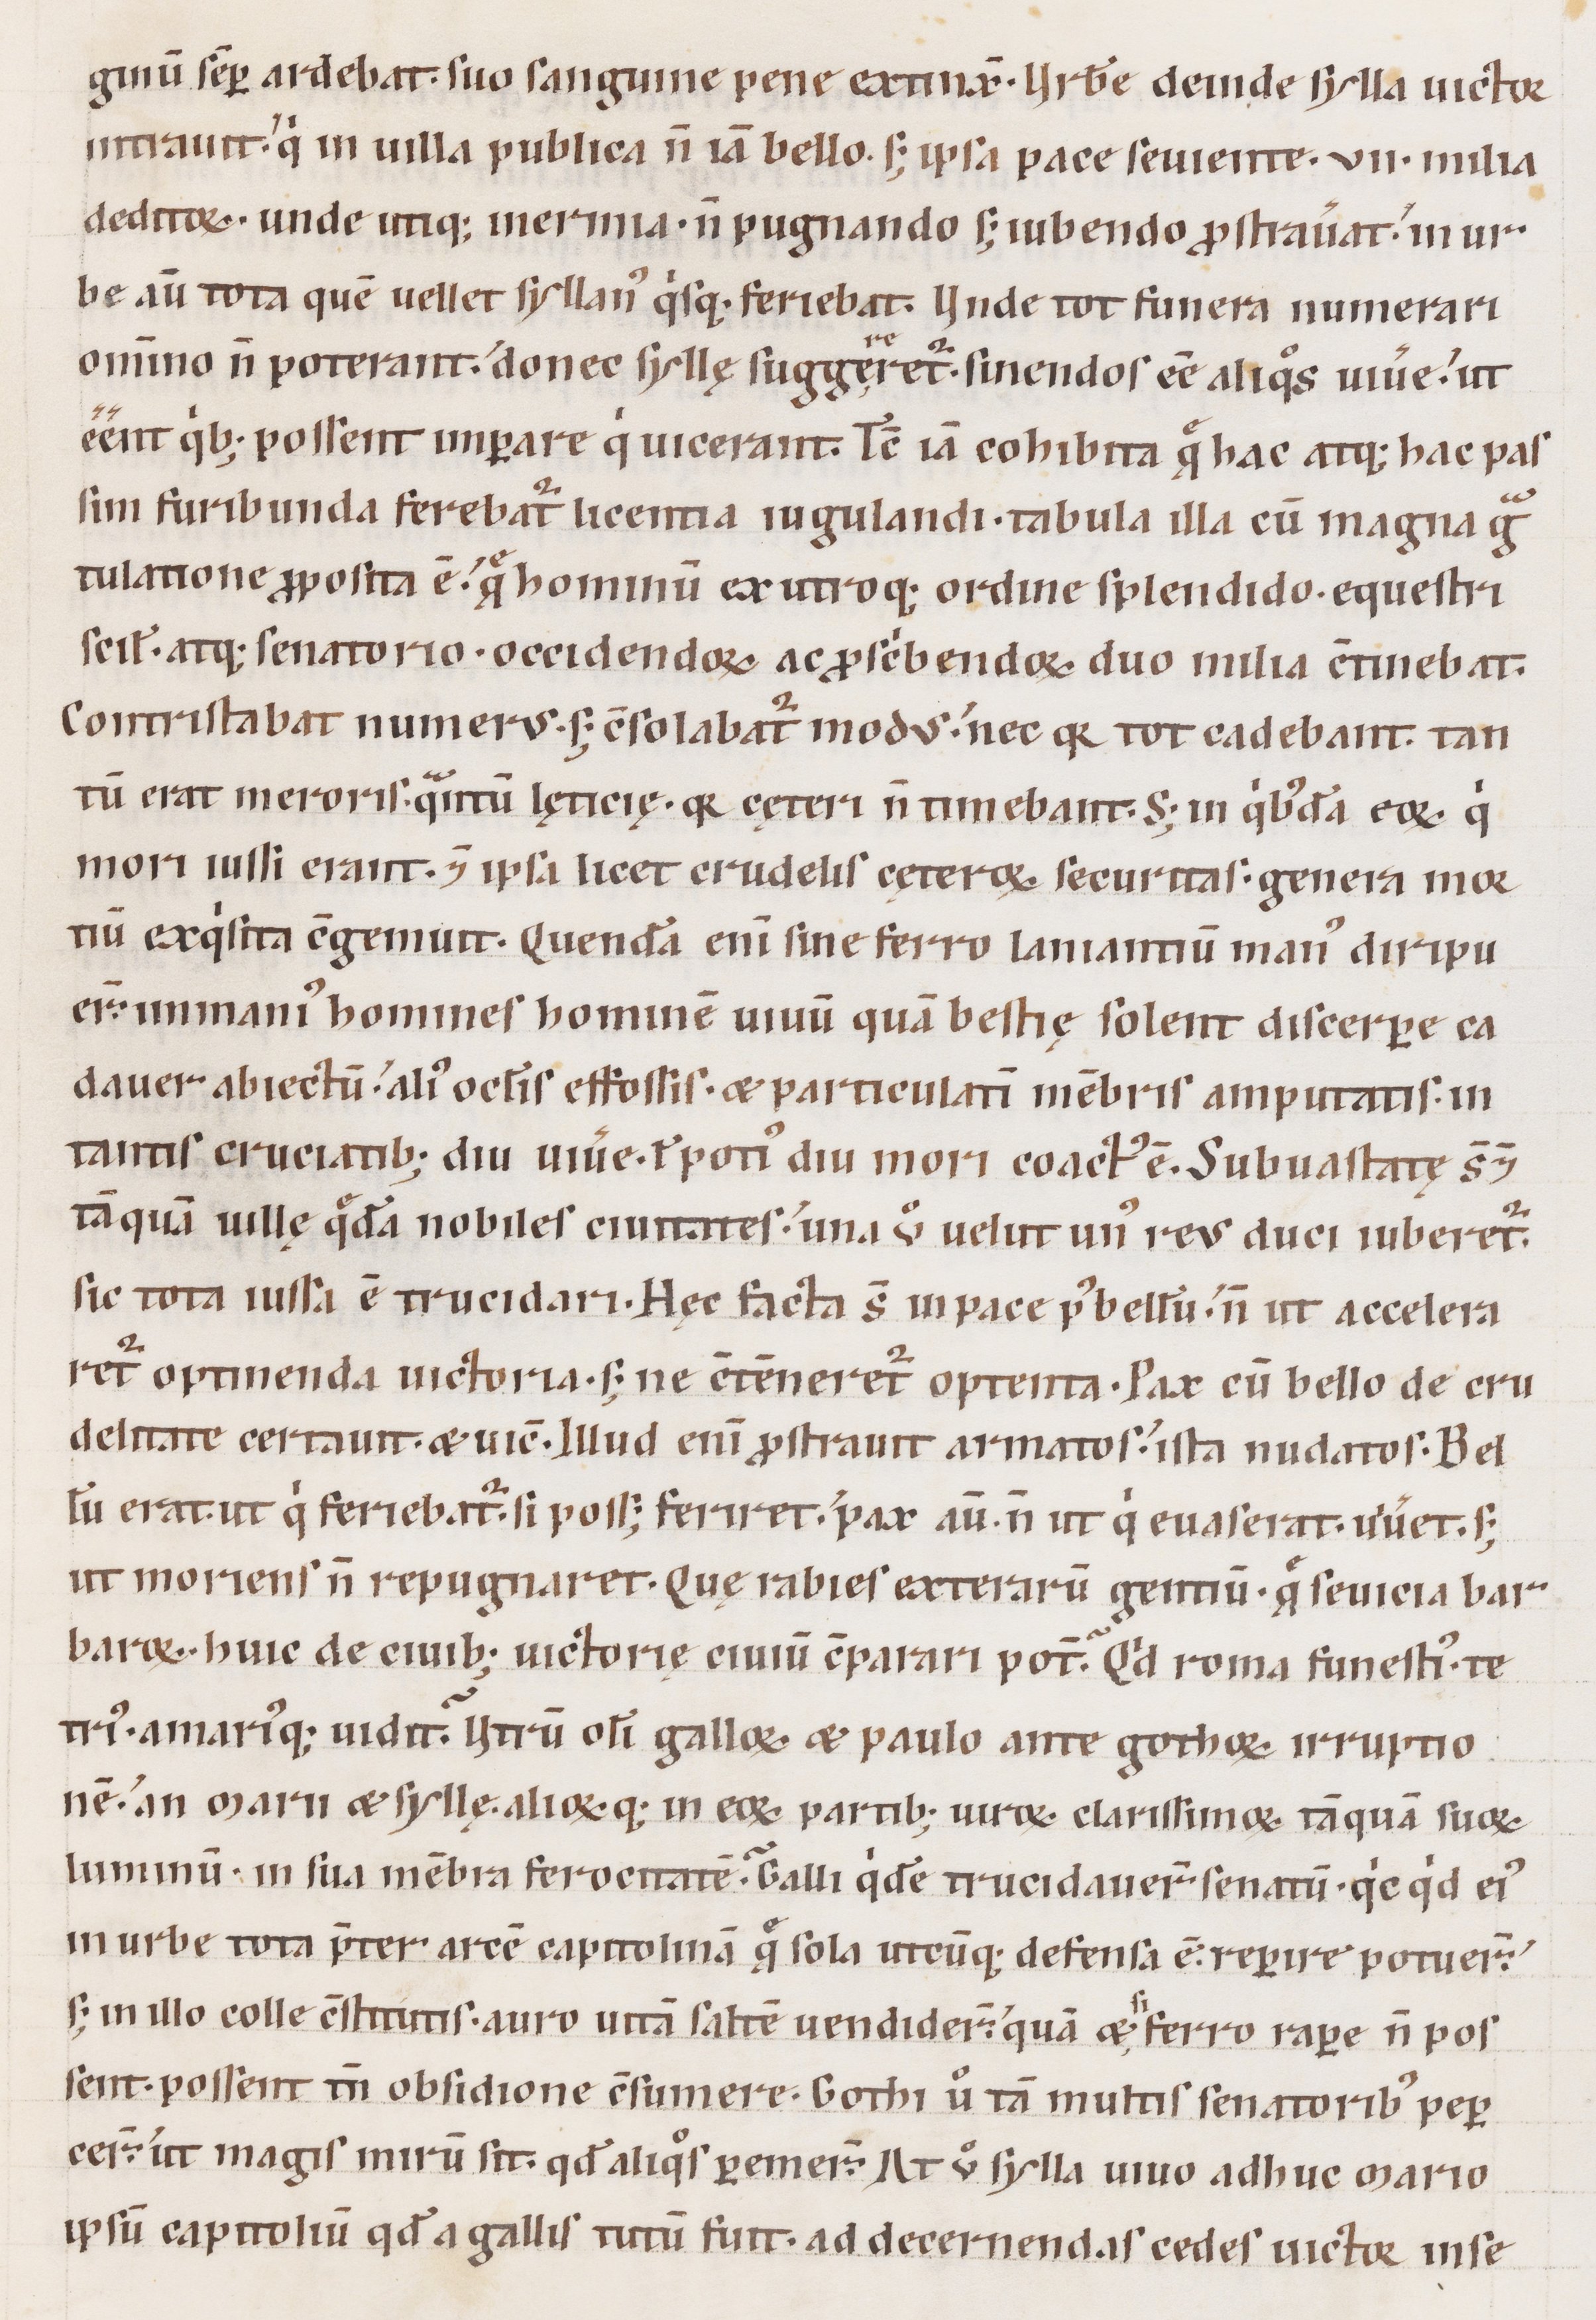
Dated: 1100–1199